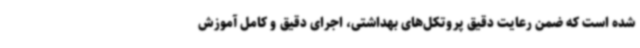
شده است که ضمن رعایت دقیق پروتکل‌های بهداشتی، اجرای دقیق و کامل آموزش